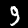
Digit: 9